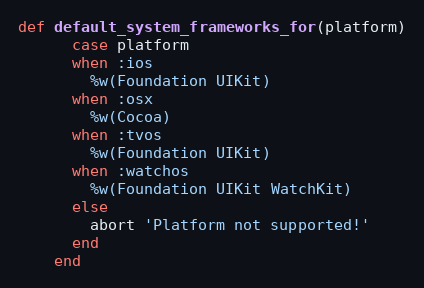
Language: Ruby
def default_system_frameworks_for(platform)
      case platform
      when :ios
        %w(Foundation UIKit)
      when :osx
        %w(Cocoa)
      when :tvos
        %w(Foundation UIKit)
      when :watchos
        %w(Foundation UIKit WatchKit)
      else
        abort 'Platform not supported!'
      end
    end